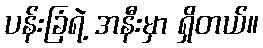
ပန်းခြံရဲ့ အနီးမှာ ရှိတယ်။